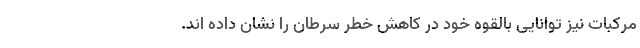
مرکبات نیز توانایی بالقوه خود در کاهش خطر سرطان را نشان داده اند.